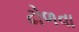
ઢોળવા